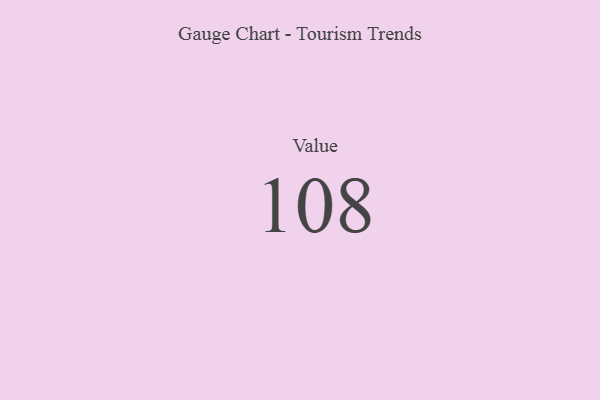
{"axis": {"x": "Metric", "y": "Value"}, "legend": [""], "data": [{"x": "Value", "y": 108, "type": ""}]}